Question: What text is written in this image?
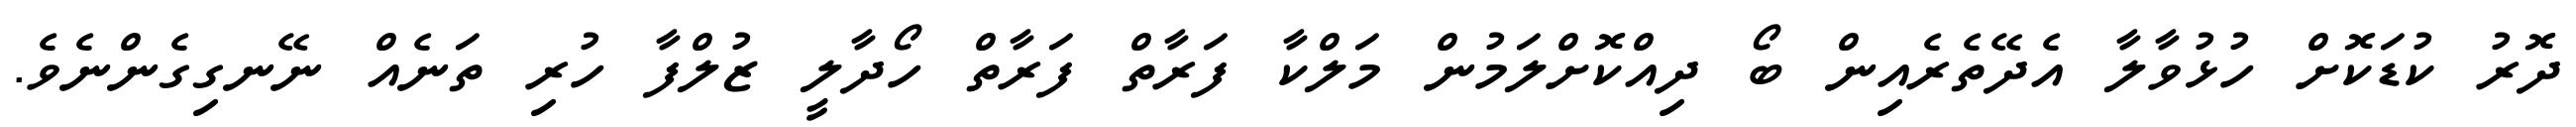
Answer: ދޮރު ކުޑަކޮށް ހުޅުވާލާ އެދޭތެރެއިން ބޯ ދިއްކޮށްލަމުން މަލްކާ ފަރާތް ފަރާތް ހޯދާލީ ޒުލްފާ ހުރި ތަނެއް ނޭނގިގެންނެވެ.